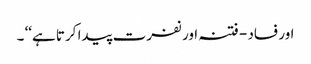
اور فساد - فتنہ اور نفرت پیدا کرتا ہے‘‘ ۔